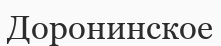
Доронинское